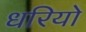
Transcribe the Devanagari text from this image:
धरियो